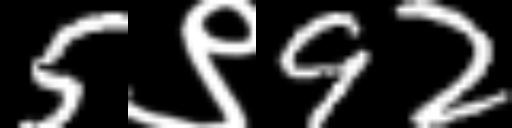
Text: 5९92